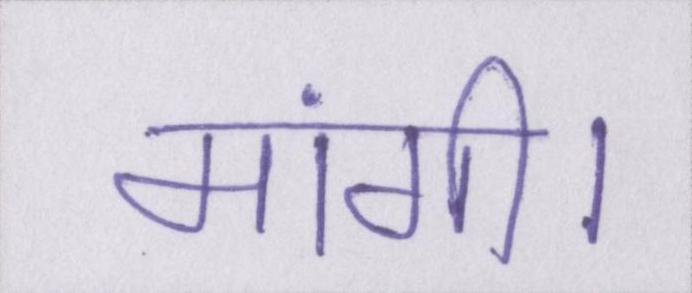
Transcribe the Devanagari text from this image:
मांगी।